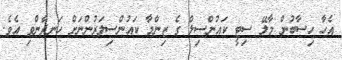
އެހާ ހިސާބުން މާލޭ ސިޓީ ކައުންސިލް ގެ ޒިންމާ ކައުންސިލަރުންނަށް ހަނދާންވި އެވެ.